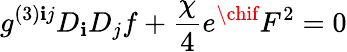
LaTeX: g^{(3)\mathbf{i}j}D_{\mathbf{i}}D_{j}f+\frac{{\chi}}{{4}}e^{\chif}F^{2}=0